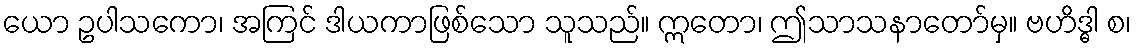
ယော ဥပါသကော၊ အကြင် ဒါယကာဖြစ်သော သူသည်။ ဣတော၊ ဤသာသနာတော်မှ။ ဗဟိဒ္ဓါ စ၊